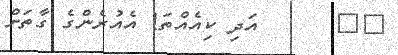
٩٠      އަދި ކިއެއްތަ! އެއުރެންގެ ގާތަށް